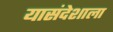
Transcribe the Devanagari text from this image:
यासंदेशाला